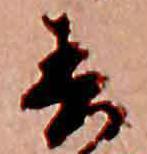
春